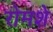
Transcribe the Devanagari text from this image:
रोमशे